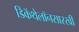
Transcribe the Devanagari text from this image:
डिकॅथेलॉनसारखी